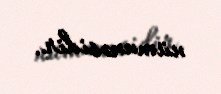
nümunəsidir.